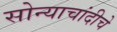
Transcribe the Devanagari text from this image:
सोन्याचांदीचे